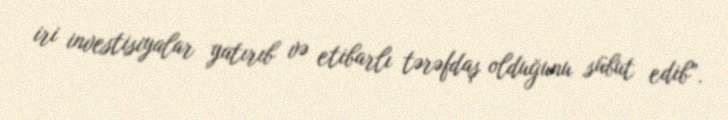
iri investisiyalar yatırıb və etibarlı tərəfdaş olduğunu sübut edib”.